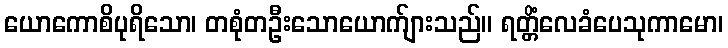
ယောကောစိပုရိသော၊ တစုံတဦးသောယောက်ျားသည်။ ရတ္တိံလေခံပေသုကာမော၊